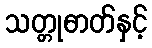
သတ္တုဓာတ်နှင့်